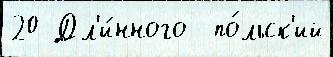
20 Дл'и́нного  по́льск'ий